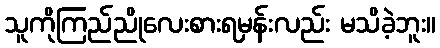
သူကိုကြည်ညိုလေးစားရမှန်းလည်း မသိခဲ့ဘူး။